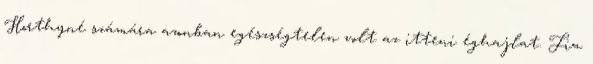
Horthyné számára azonban egészségtelen volt az itteni éghajlat. Fia